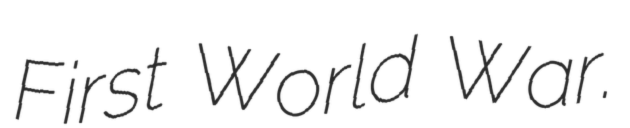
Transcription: First World War.